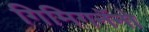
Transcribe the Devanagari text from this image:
गिमिगनॅनो